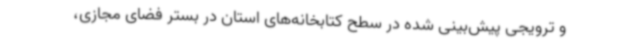
و ترویجی پیش‌بینی شده در سطح کتابخانه‌های استان در بستر فضای مجازی،